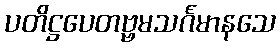
ပတိဋ္ဌပေတဗ္ဗမသင်္ဂမာနသေ